Scientific memoirs by medical officers of the Army of India - Part VIII,
Year: 1894
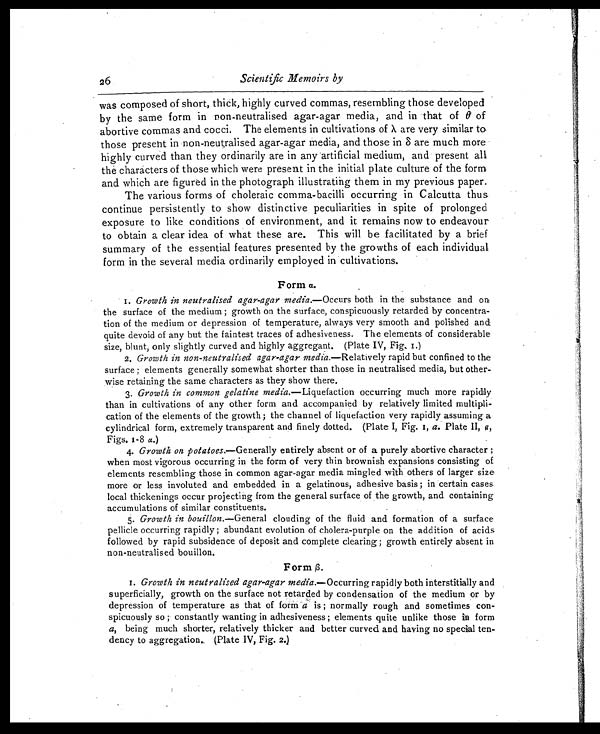
2 6
Scientific Memoirs by
was composed of short, thick, highly curved commas, resembling those developed
by the same form in non-neutralised agar-agar media, and in that of θ of
abortive commas and cocci. The elements in cultivations of λ are very similar to
those present in non-neutralised agar-agar media, and those in δ are much more
highly curved than they ordinarily are in any artificial medium, and present all
the characters of those which were present in the initial plate culture of the form
and which are figured in the photograph illustrating them in my previous paper.
The various forms of choleraic comma-bacilli occurring in Calcutta thus
continue persistently to show distinctive peculiarities in spite of prolonged
exposure to like conditions of environment, and it remains now to endeavour
to obtain a clear idea of what these are. This will be facilitated by a brief
summary of the essential features presented by the growths of each individual
form in the several media ordinarily employed in cultivations.
Form α.
I. Growth in neutralised agar-agar media.—Occurs both in the substance and on
the surface of the medium ; growth on the surface, conspicuously retarded by concentra-
tion of the medium or depression of temperature, always very smooth and polished and
quite devoid of any but the faintest traces of adhesiveness. The elements of considerable
size, blunt, only slightly curved and highly aggregant. (Plate IV, Fig. I.)
2. Growth in non-neutralised agar-agar media.—Relatively rapid but confined to the
surface ; elements generally somewhat shorter than those in neutralised media, but other-
wise retaining the same characters as they show there.
3. Growth in common gelatine media. —Liquefaction occurring much more rapidly
than in cultivations of any other form and accompanied by relatively limited multipli-
cation of the elements of the growth; the channel of liquefaction very rapidly assuming a
cylindrical form, extremely transparent and finely dotted. (Plate I, Fig. I, a . Plate II, a,
Figs. I-8 a .)
4. Growth on potatoes. —Generally entirely absent or of a purely abortive character ;
when most vigorous occurring in the form of very thin brownish expansions consisting of
elements resembling those in common agar-agar media mingled with others of larger size
more or less involuted and embedded in a gelatinous, adhesive basis ; in certain cases
local thickenings occur projecting from the general surface of the growth, and containing
accumulations of similar constituents.
5. Growth in bouillon. —General clouding of the fluid and formation of a surface
pellicle occurring rapidly ; abundant evolution of cholera-purple on the addition of acids
followed by rapid subsidence of deposit and complete clearing ; growth entirely absent in
non-neutralised bouillon.
Form β.
I. Growth in neutralised agar-agar media. —Occurring rapidly both interstitially and
superficially, growth on the surface not retarded by condensation of the medium or by
depression of temperature as that of form a is ; normally rough and sometimes con-
spicuously so ; constantly wanting in adhesiveness ; elements quite unlike those in form
a, being much shorter, relatively thicker and better curved and having no special ten-
dency to aggregation. (Plate IV, Fig. 2.)